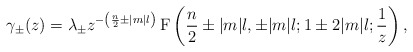
\begin{align*} \gamma_\pm(z) = \lambda_\pm z^{-\left(\frac{n}2 \pm |m|l\right)} \,\mathrm{F} \left(\frac{n}2\pm |m|l, \pm |m|l; 1\pm 2|m|l; \frac1z \right),\end{align*}